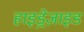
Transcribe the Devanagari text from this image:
हाइड्रेज़ाइड